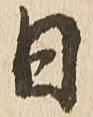
日